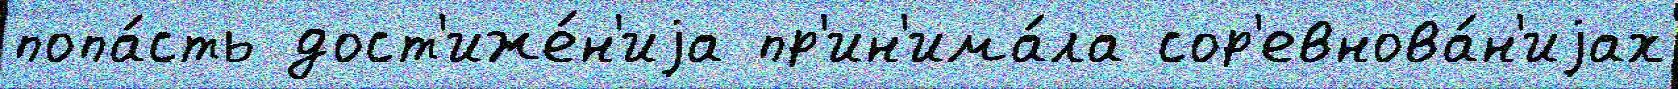
попа́сть дост'иже́н'иjа пр'ин'има́ла сор'евнова́н'иjах